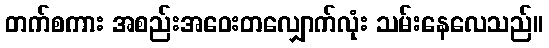
တက်စကား အစည်းအဝေးတလျှောက်လုံး သမ်းနေလေသည်။